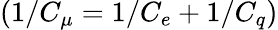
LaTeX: \left(1/C_{\mu}=1/C_{e}+1/C_{q}\right)